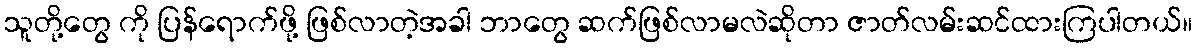
သူတို့တွေ ကို ပြန်ရောက်ဖို့ ဖြစ်လာတဲ့အခါ ဘာတွေ ဆက်ဖြစ်လာမလဲဆိုတာ ဇာတ်လမ်းဆင်ထားကြပါတယ်။